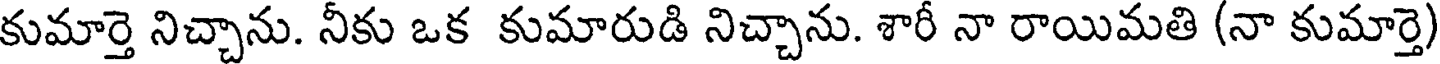
కుమార్తె నిచ్చాను. నీకు ఒక కుమారుడి నిచ్చాను. శారీ నా రాయిమతి (నా కుమార్తె)